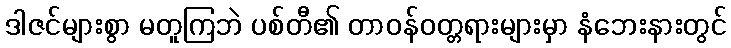
ဒါဇင်များစွာ မတူကြဘဲ ပစ်တီ၏ တာဝန်ဝတ္တရားများမှာ နံဘေးနားတွင်